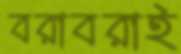
বরাবরাই